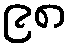
၉၈